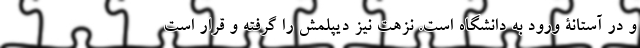
و در آستانۀ ورود به دانشگاه است. نزهت نيز ديپلمش را گرفته و قرار است